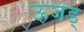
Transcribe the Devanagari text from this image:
ऊजड्